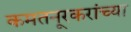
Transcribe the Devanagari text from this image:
कमतनूरकरांच्या